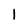
Character: 1